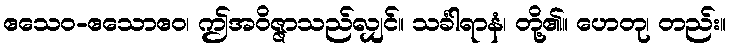
ဧသေဝ-ဧသောဧဝ၊ ဤအဝိဇ္ဇာသည်လျှင်။ သင်္ခါရာနံ၊ တို့၏။ ဟေတု၊ တည်း။